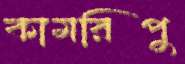
কামরিপু